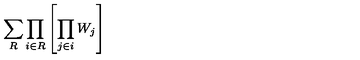
\sum _ { R } \prod _ { i \in R } \left[ \prod _ { j \in i } W _ { j } \right]